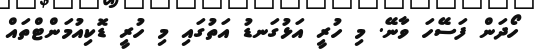
ހޯދަން ފަސޭހަ ވާނޭ. މި ހުރީ އަޅުގަނޑު އަތުގައި މި ހުރީ ޑޮކިއުމަންޓްތައް